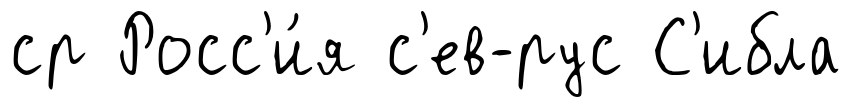
ср Росс'и́я с'ев-рус С'ибла